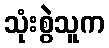
သုံးစွဲသူက